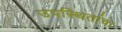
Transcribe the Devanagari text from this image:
उपस्थितांचा